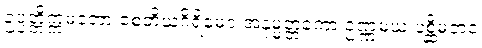
ဥပ္ပတ္တိက္ကမတော စေတိယဂိရိမေဝ အနုမ္မတ္တကော ဥဏ္ဏမယံ ပစ္ဆိမဘဝံ